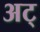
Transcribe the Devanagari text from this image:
अट्